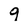
Character: 9